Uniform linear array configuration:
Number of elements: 16
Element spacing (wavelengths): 0.5
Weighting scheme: uniform
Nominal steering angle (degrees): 0
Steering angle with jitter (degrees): -0.1967
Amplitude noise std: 0.05
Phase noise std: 0.05

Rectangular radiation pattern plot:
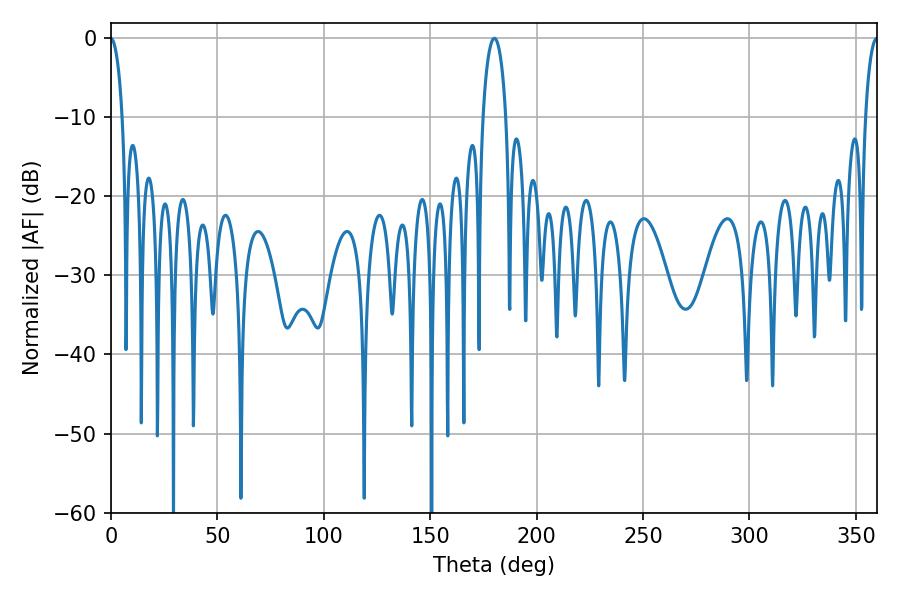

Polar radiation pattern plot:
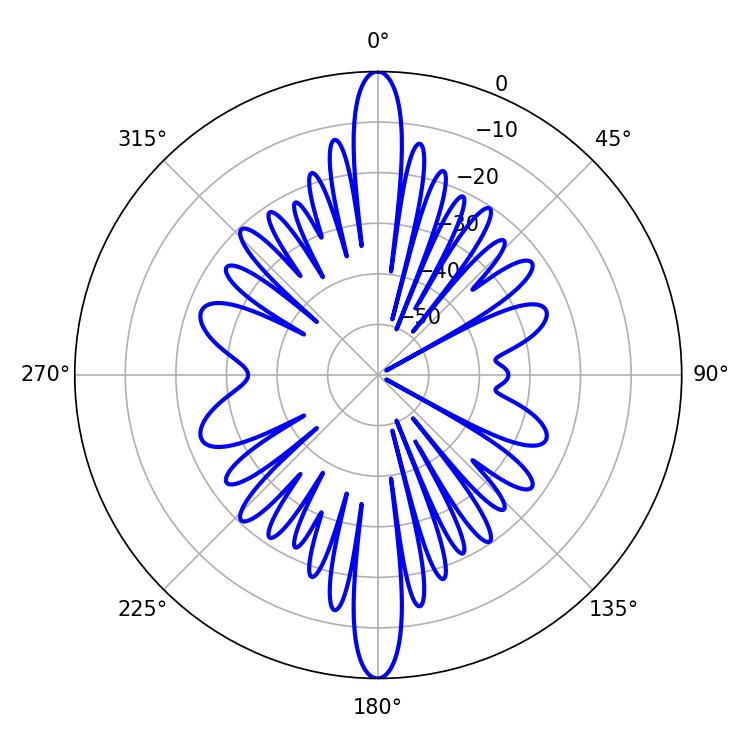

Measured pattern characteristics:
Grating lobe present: FALSE
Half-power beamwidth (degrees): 6.12
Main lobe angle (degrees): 180.18